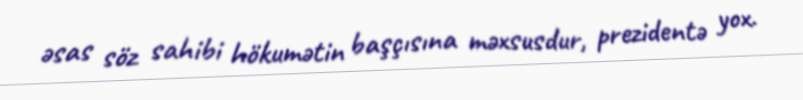
əsas söz sahibi hökumətin başçısına məxsusdur, prezidentə yox.